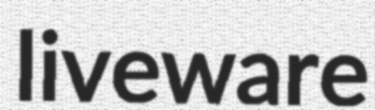
liveware